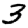
Digit: 3